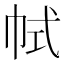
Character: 𢂑